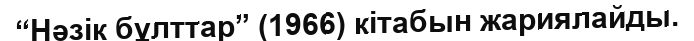
“Нәзік бұлттар” (1966) кітабын жариялайды.